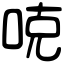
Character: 𠳭